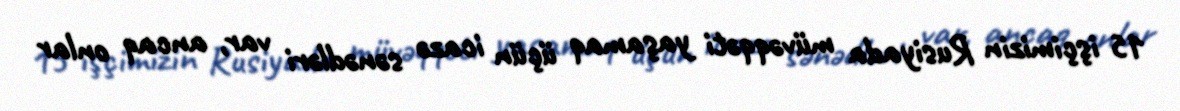
15 işçimizin Rusiyada müvəqqəti yaşamaq üçün icazə sənədləri var, ancaq onlar